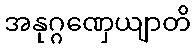
အနုဂ္ဂဏှေယျာတိ